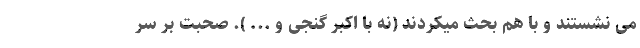
می نشستند و با هم بحث میکردند (نه با اکبر گنجی و ... ). صحبت بر سر